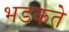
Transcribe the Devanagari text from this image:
भडकते